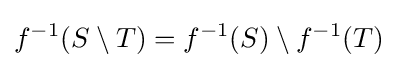
f^{-1}(S\setminus T)=f^{-1}(S)\setminus f^{-1}(T)